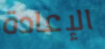
الإعادة